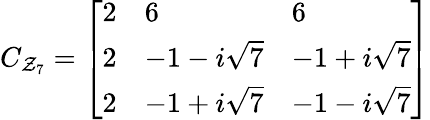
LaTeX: C_{\mathcal{Z}_{7}}=\left[\begin{array}{lll}{{2}}&{{6}}&{{6}}\\ {{2}}&{{{{-1-i\sqrt{7}}}}}&{{{{-1+i\sqrt{7}}}}}\\ {{2}}&{{{{-1+i\sqrt{7}}}}}&{{{{-1-i\sqrt{7}}}}}\end{array}\right]